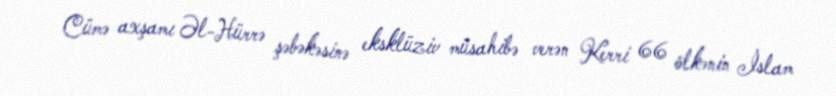
Cümə axşamı Əl-Hürrə şəbəkəsinə eksklüziv müsahibə verən Kerri 66 ölkənin İslam